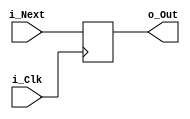
`timescale 1ns / 1ps
module ProgramCounter (
    input i_Clk,
    input [31:0] i_Next,  // the input address
    output reg [31:0] o_Out  // the output address
);
  initial begin
    o_Out = -4;
  end
  always @(posedge i_Clk) begin
    o_Out = i_Next;
  end
endmodule